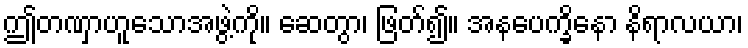
ဤတဏှာဟူသောအဖွဲ့ကို။ ဆေတွာ၊ ဖြတ်၍။ အနပေက္ခိနော နိရာလယာ၊